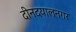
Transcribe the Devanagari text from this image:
दीनदयालनगर